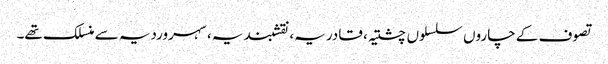
تصوف کے چاروں سلسلوں چشتیہ، قادریہ، نقشبندیہ، سہروردیہ سے منسلک تھے۔